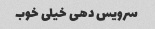
سرویس دهی خیلی خوب